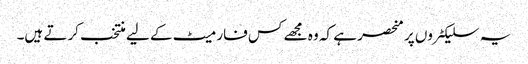
یہ سلیکٹروں پر منحصر ہے کہ وہ مجھے کس فارمیٹ کے لیے منتخب کرتے ہیں۔